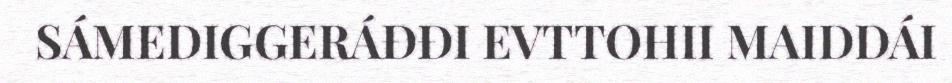
SÁMEDIGGERÁĐĐI EVTTOHII MAIDDÁI